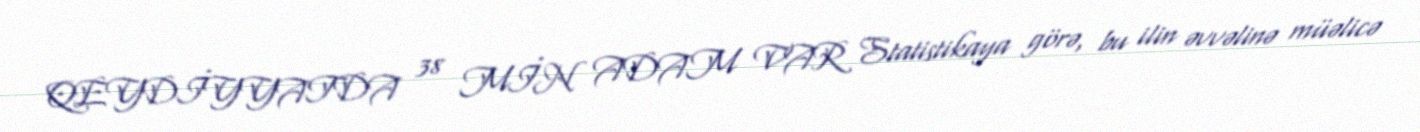
QEYDİYYATDA 38 MİN ADAM VAR Statistikaya görə, bu ilin əvvəlinə müəlicə